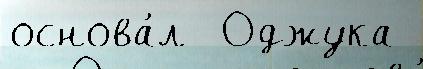
основа́л  Оджука